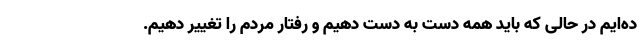
ده‌ایم در حالی که باید همه دست به دست دهیم و رفتار مردم را تغییر دهیم.